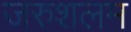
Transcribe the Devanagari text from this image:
जरुशलम